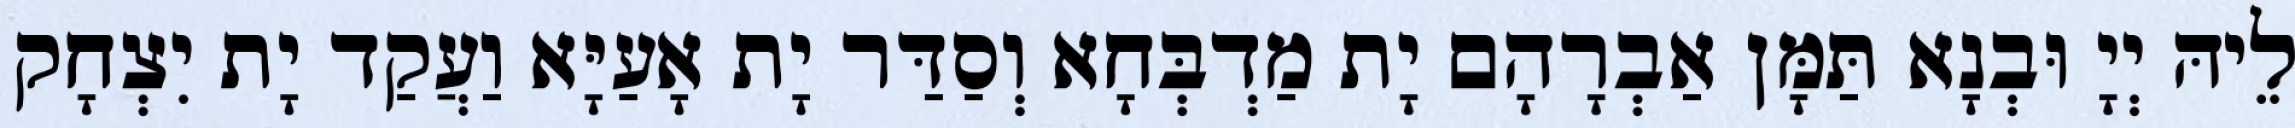
לֵיהּ יְיָ וּבְנָא תַּמָּן אַבְרָהָם יָת מַדְבְּחָא וְסַדַּר יָת אָעַיָּא וַעֲקַד יָת יִצְחָק